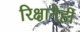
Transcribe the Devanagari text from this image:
रिक्षानेही